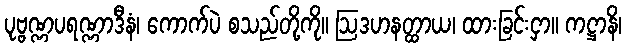
ပုဗ္ဗဏ္ဏပရဏ္ဏာဒီနံ၊ ကောက်ပဲ စသည်တို့ကို။ ဩဒဟနတ္ထာယ၊ ထားခြင်းငှာ။ ကဋ္ဌာနိ၊